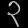
Digit: ၃